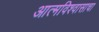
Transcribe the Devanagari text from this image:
आत्मविश्वासाचा